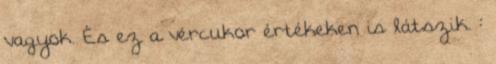
vagyok. És ez a vércukor értékeken is látszik. :